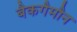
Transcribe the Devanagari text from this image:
बैकगैमौन